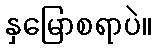
နှမြောစရာပဲ။